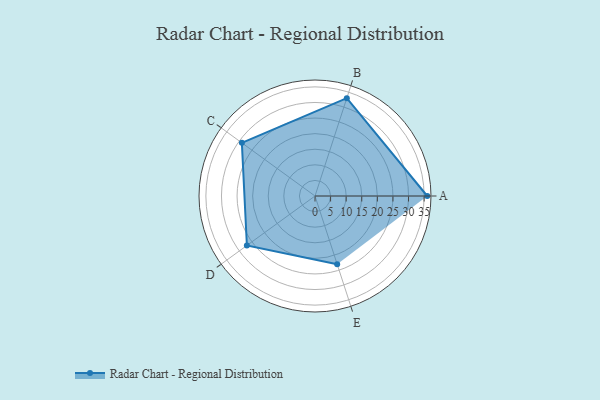
{"axis": {"x": "Skill", "y": "Score"}, "legend": ["Profile"], "data": [{"x": "A", "y": 36.0, "type": "Profile"}, {"x": "B", "y": 33.0, "type": "Profile"}, {"x": "C", "y": 29.0, "type": "Profile"}, {"x": "D", "y": 27.0, "type": "Profile"}, {"x": "E", "y": 23.0, "type": "Profile"}]}